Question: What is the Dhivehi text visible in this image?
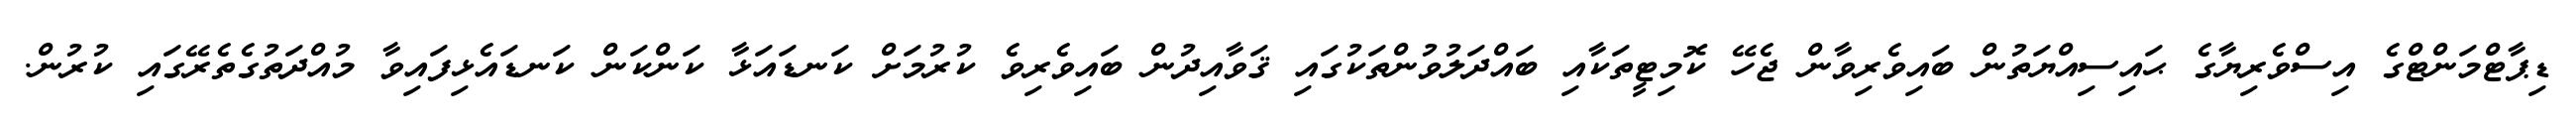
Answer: ޑިޕާޓްމަންޓްގެ އިސްވެރިޔާގެ ޙައިސިއްޔަތުން ބައިވެރިވާން ޖެހޭ ކޮމިޓީތަކާއި ބައްދަލުވުންތަކުގައި ޤަވާއިދުން ބައިވެރިވެ ކުރުމަށް ކަނޑައަޅާ ކަންކަން ކަނޑައެޅިފައިވާ މުއްދަތުގެތެރޭގައި ކުރުން.